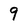
Character: 9